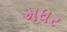
મધર